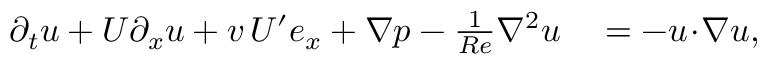
\begin{array} { r l } { \partial _ { t } \boldsymbol { u } + U \partial _ { x } \boldsymbol { u } + v \, U ^ { \prime } \boldsymbol { e } _ { x } + \boldsymbol { \nabla } p - \frac { 1 } { R e } { \nabla } ^ { 2 } \boldsymbol { u } } & { { } = - \boldsymbol { u } \! \cdot \! \boldsymbol { \nabla } \boldsymbol { u } , } \end{array}